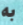
به